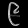
Digit: ၉